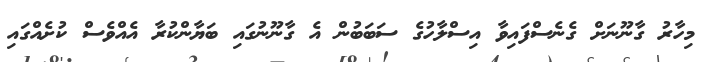
މިހާރު ގާނޫނަށް ގެނެސްފައިވާ އިސްލާހުގެ ސަބަބުން އެ ގާނޫނުގައި ބަޔާންކުރާ އެއްވެސް ކުށެއްގައި